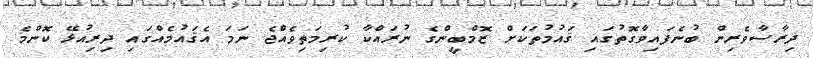
ދިރާސާވެރިން ބުނެފައިވާގޮތުގައި ޤައުމުތަކަށް ޒޮމްބީންގެ ނުރައްކާ ކުރިމަތިވެއްޖެ ނަމަ އެޤައުމެއްގައި ދިރިއުޅޭ ކޮންމެ